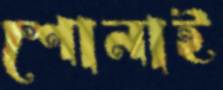
শোনাই